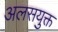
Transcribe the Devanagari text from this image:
अलसयुक्त